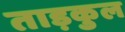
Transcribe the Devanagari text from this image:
ताड़कुल